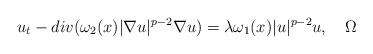
LaTeX: \begin{align*} u_t-div(\omega_2(x)|\nabla u|^{p-2}\nabla u)=\lambda \omega_1(x) |u|^{p-2}u,\quad\Omega\end{align*}